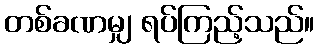
တစ်ခဏမျှ ရပ်ကြည့်သည်။